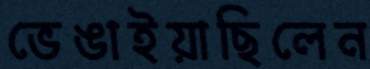
ভেঙাইয়াছিলেন